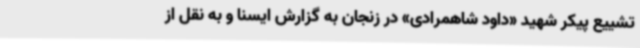
تشییع پیکر شهید «داود شاهمرادی» در زنجان به گزارش ایسنا و به نقل از